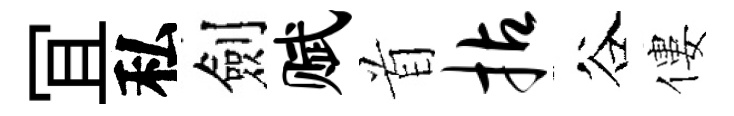
冝私劍赋首拈谷僂